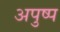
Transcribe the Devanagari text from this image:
अपुष्प